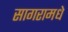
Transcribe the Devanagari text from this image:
सागरामधे